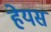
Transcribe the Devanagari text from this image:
हेयस